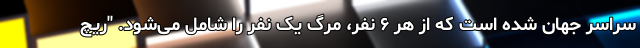
سراسر جهان شده است که از هر ۶ نفر، مرگ یک نفر را شامل می‌شود. "ریچ